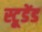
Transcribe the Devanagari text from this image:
स्टूडेंड